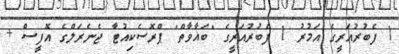
1 ފެބުރުއަރީގެ އަމުރު 1 ފެބުރުއަރީގެ "ބަޣާވާތް" ޕްރޮސެކިއުޓާ ޖެނެރަލްގެ އޮފީސް +